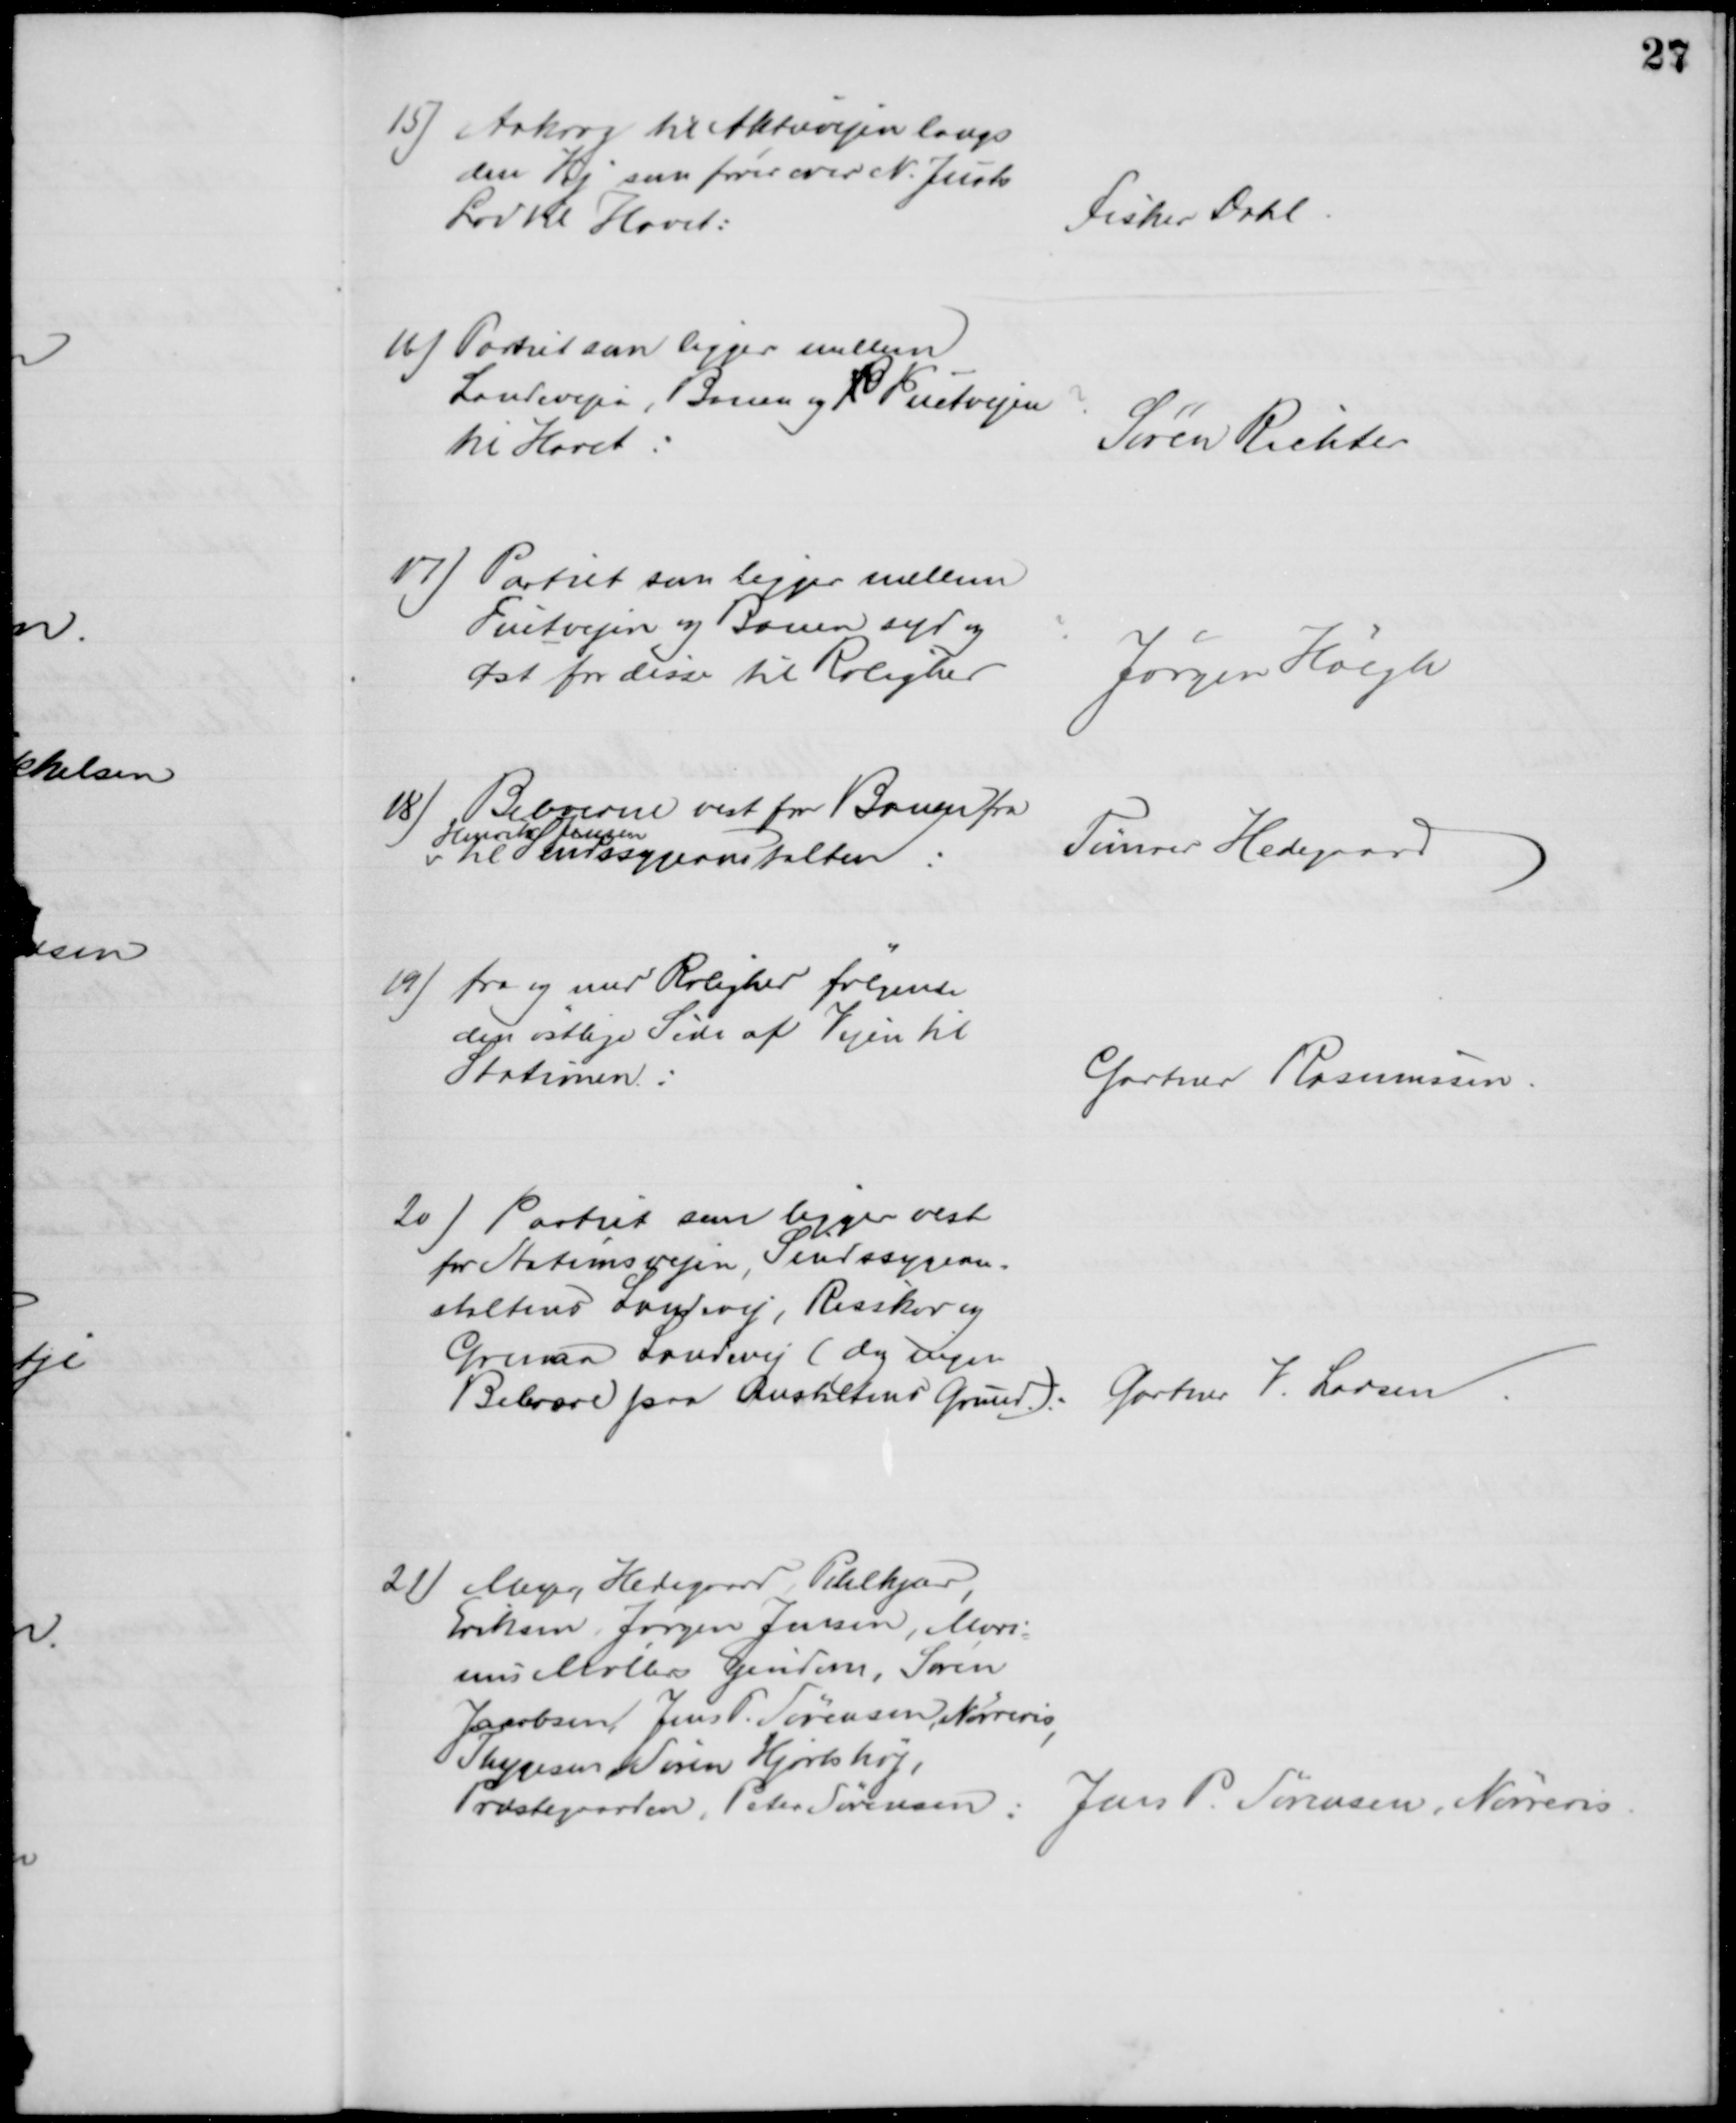
Transskription:
15) Aakrog til Aktievejen langs
den Vej som fører over N. Justs
Lod til Havet:
Fisker Dahl
16) Partiet som ligger mellem
Landevejen, Banen og P. Fuetvejen
til Havet:
Søren Richter
17) Partiet som ligger mellem
Fuetvejen og Banen syd og
Øst for disse til Rolighed
Jørgen Høegh
18)
Beboerne vest for Banen fra
Henrik Jensen
v til Sindssygeanstalten:
Tømrer Hedegaard
19) fra og med Rolighed følgende
den østlige Side af Vejen til
Stationen:
Gartner Rasmussen.
20) Partiet som ligger vest
for Stationsvejen, Sindssygean-
staltens Landevej, Risskov og
Grenaa Landevej (dog ingen
Beboere paa Anstaltens Grund):
Gartner J. Larsen
21) Meyer, Hedegaard, Pihlkjær,
Eriksen, Jørgen Jensen, Mari
=
nus Møllers Ejendom, Søren
Jacobsen, Jens P. Sørensen, Nørreris,
Thygesen, Søren Hjortshøj,
Præstegaarden, Peter Sørensen: Jens P. Sørensen, Nørreris.